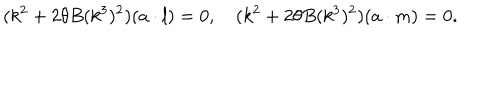
( k ^ { 2 } + 2 \theta B ( k ^ { 3 } ) ^ { 2 } ) ( a \cdot l ) = 0 , ( k ^ { 2 } + 2 \theta B ( k ^ { 3 } ) ^ { 2 } ) ( a \cdot m ) = 0 .